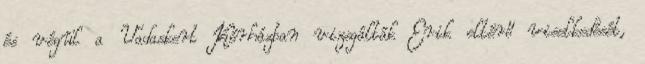
és végül a Vadaskert Kórházban vizsgálták Erik eltérő viselkedését,